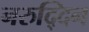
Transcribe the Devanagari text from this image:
नरुद्दिन